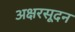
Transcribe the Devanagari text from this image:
अक्षरसूदन